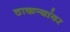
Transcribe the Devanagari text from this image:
ठाकर्‍यांवर